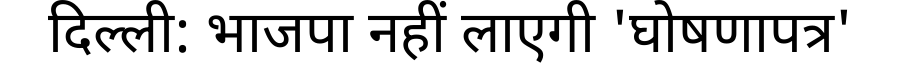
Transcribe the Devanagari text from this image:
दिल्ली: भाजपा नहीं लाएगी 'घोषणापत्र'